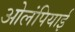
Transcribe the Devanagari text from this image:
ओलंपियाई